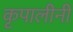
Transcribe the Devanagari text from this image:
कृपालीनी